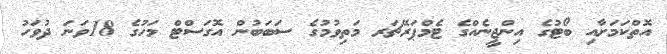
އޮތްކަމަށާއި ބޯޓުގެ އިންޖީނެއްގެ ޓެމްޕަރޭޗަރ މަތިވުމުގެ ސަބަބުން އޮގަސްޓް މަހުގެ 18ވަނަ ދުވަހު